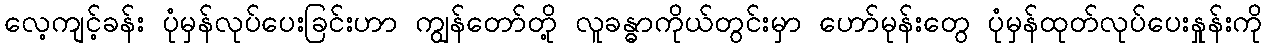
လေ့ကျင့်ခန်း ပုံမှန်လုပ်ပေးခြင်းဟာ ကျွန်တော်တို့ လူခန္ဓာကိုယ်တွင်းမှာ ဟော်မုန်းတွေ ပုံမှန်ထုတ်လုပ်ပေးနှုန်းကို